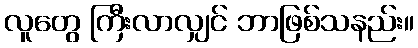
လူတွေ ကြီးလာလျှင် ဘာဖြစ်သနည်း။